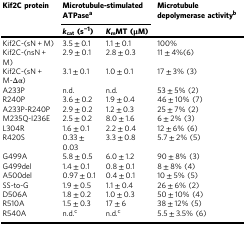
<table><thead><tr><td><b>Kif2C protein</b></td><td colspan="2"><b>Microtubule-stimulated ATPase<sup>a</sup></b></td><td><b>Microtubule depolymerase activity<sup>b</sup></b></td></tr><tr><td></td><td><b><i>k</i><sub>cat</sub> (s<sup>−1</sup>)</b></td><td><b><i>K</i><sub>m</sub>MT (μM)</b></td><td></td></tr></thead><tbody><tr><td>Kif2C-(sN + M)</td><td>3.5 ± 0.1</td><td>1.1 ± 0.1</td><td>100%</td></tr><tr><td>Kif2C-(nsN + M)</td><td>2.9 ± 0.1</td><td>2.8 ± 0.3</td><td>11 ± 4%(6)</td></tr><tr><td>Kif2C-(sN + M-Δα)</td><td>3.1 ± 0.1</td><td>1.0 ± 0.1</td><td>17 ± 3% (3)</td></tr><tr><td>A233P</td><td>n.d.</td><td>n.d.</td><td>53 ± 5% (2)</td></tr><tr><td>R240P</td><td>3.6 ± 0.2</td><td>1.9 ± 0.4</td><td>46 ± 10% (7)</td></tr><tr><td>A233P-R240P</td><td>2.9 ± 0.2</td><td>1.2 ± 0.3</td><td>25 ± 7% (2)</td></tr><tr><td>M235Q-I236E</td><td>2.5 ± 0.2</td><td>8.0 ± 1.6</td><td>6 ± 2% (3)</td></tr><tr><td>L304R</td><td>1.6 ± 0.1</td><td>2.2 ± 0.4</td><td>12 ± 6% (6)</td></tr><tr><td>R420S</td><td>0.33 ± 0.03</td><td>3.3 ± 0.8</td><td>5.7 ± 2% (5)</td></tr><tr><td>G499A</td><td>5.8 ± 0.5</td><td>6.0 ± 1.2</td><td>90 ± 8% (3)</td></tr><tr><td>G499del</td><td>1.4 ± 0.1</td><td>0.8 ± 0.1</td><td>8 ± 8% (4)</td></tr><tr><td>A500del</td><td>0.97 ± 0.1</td><td>0.4 ± 0.1</td><td>10 ± 5% (5)</td></tr><tr><td>SS-to-G</td><td>1.9 ± 0.5</td><td>1.1 ± 0.4</td><td>26 ± 6% (2)</td></tr><tr><td>D506A</td><td>1.8 ± 0.2</td><td>1.0 ± 0.3</td><td>50 ± 10% (4)</td></tr><tr><td>R510A</td><td>1.5 ± 0.3</td><td>17 ± 6</td><td>38 ± 12% (5)</td></tr><tr><td>R540A</td><td>n.d.<sup>c</sup></td><td>n.d.<sup>c</sup></td><td>5.5 ± 3.5% (6)</td></tr></tbody></table>